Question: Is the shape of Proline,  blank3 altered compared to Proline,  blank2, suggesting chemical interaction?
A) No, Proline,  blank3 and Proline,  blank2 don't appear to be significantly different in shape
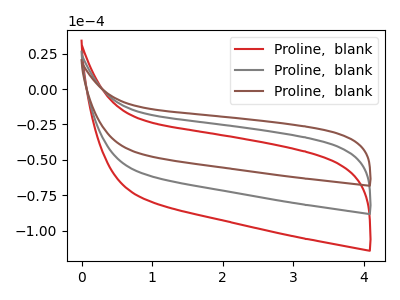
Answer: <think>The red curve "Proline,  blank1" has no peaks. The gray curve "Proline,  blank2" has no peaks. The brown curve "Proline,  blank3" has no peaks.
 Neither "Proline,  blank3" or "Proline,  blank2" have any peaks.</think>
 <answer>A) No, "Proline,  blank3" and "Proline,  blank2" don't appear to be significantly different in shape</answer>
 <eval>A</eval>